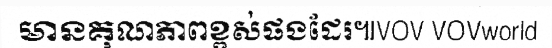
មានគុណភាពខ្ពស់ផងដែរ៕VOV VOVworld